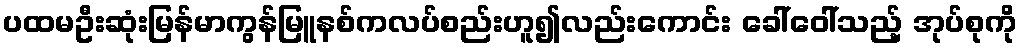
ပထမဦးဆုံးမြန်မာကွန်မြူနစ်ကလပ်စည်းဟူ၍လည်းကောင်း ခေါ်ဝေါ်သည့် အုပ်စုကို